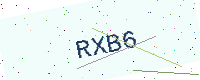
Text: RXB6